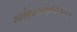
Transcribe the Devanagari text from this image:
स्द्त्॑व्५६४एवुत्किग्य्क।